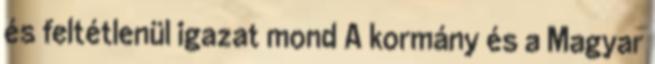
és feltétlenül igazat mond A kormány és a Magyar